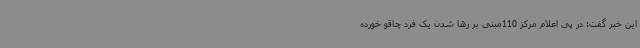
این خبر گفت: در پی اعلام مرکز 110مبنی بر رها شدن یک فرد چاقو خورده